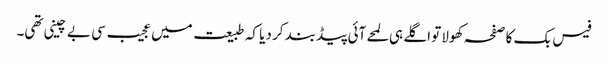
فیس بک کا صفحہ کھولا تو اگلے ہی لمحے آئی پیڈ بند کر دیا کہ طبیعت میں عجیب سی بے چینی تھی۔